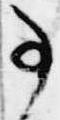
事